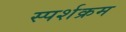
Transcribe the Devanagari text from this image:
स्पर्शक्रम